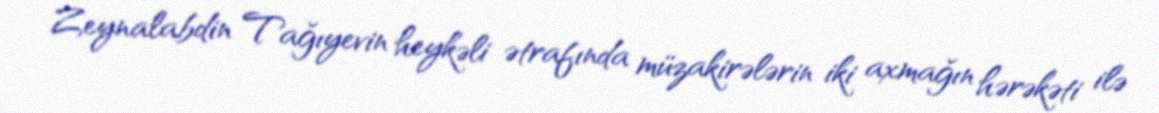
Zeynalabdin Tağıyevin heykəli ətrafında müzakirələrin iki axmağın hərəkəti ilə